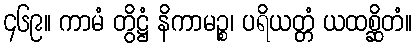
၄၆၉။ ကာမံ တွိဋ္ဌံ နိကာမဉ္စ၊ ပရိယတ္တံ ယထစ္ဆိတံ။